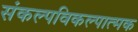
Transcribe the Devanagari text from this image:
संकल्पविकल्पात्मक